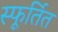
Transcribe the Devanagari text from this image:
स्फूर्तित